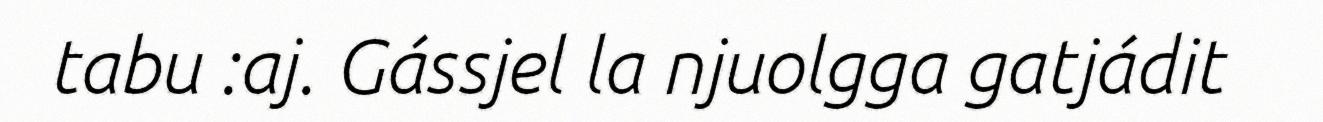
tabu :aj. Gássjel la njuolgga gatjádit